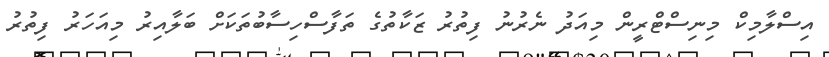
އިސްލާމިކް މިނިސްޓްރީން މިއަދު ނެރުނު ފިތުރު ޒަކާތުގެ ތަފާސްހިސާބުތަކަށް ބަލާއިރު މިއަހަރު ފިތުރު